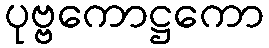
ပုဗ္ဗကောဋ္ဌကော